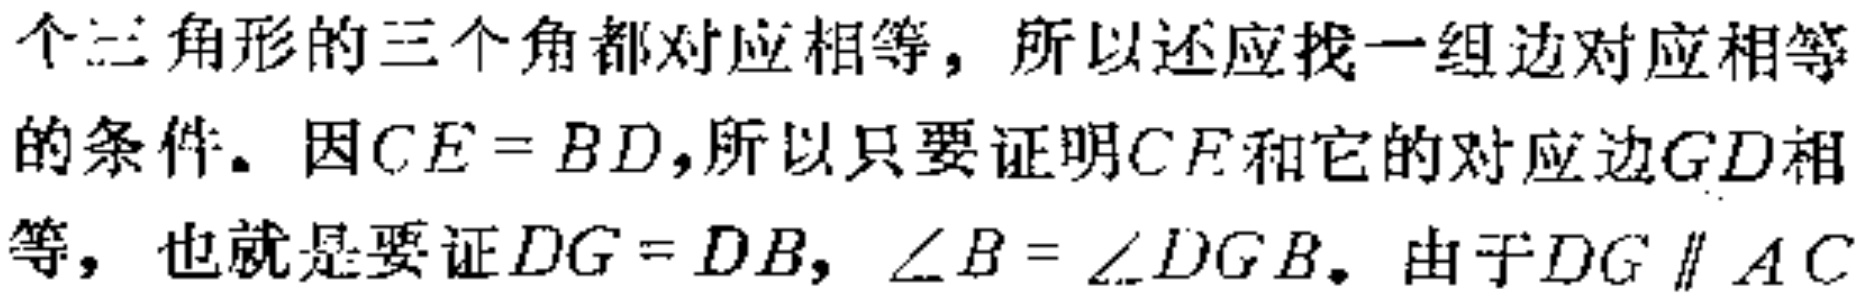
个三角形的三个角都对应相等，所以还应找一组边对应相等的条件。因\(CE = BD\)，所以只要证明\(CF\)和它的对应边\(GD\)相等，也就是要证\(DG = DB\)，\(\angle B=\angle DGB\)。由于\(DG\parallel AC\)